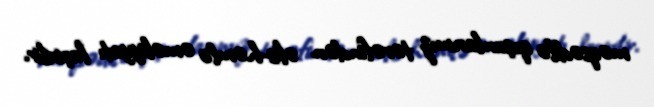
məqsədilə qoşunlarımız tərəfindən əks-həmlə əməliyyatı keçirilir.